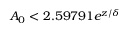
A _ { 0 } < 2 . 5 9 7 9 1 e ^ { z / \delta }